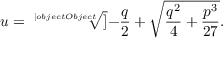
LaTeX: u = { \sqrt [ [object Object] ] { - { \frac { q } { 2 } } + { \sqrt { { \frac { q ^ { 2 } } { 4 } } + { \frac { p ^ { 3 } } { 2 7 } } } } } } .